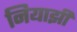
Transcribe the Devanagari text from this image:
नियाझी